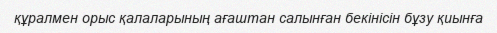
құралмен орыс қалаларының ағаштан салынған бекінісін бұзу қиынға